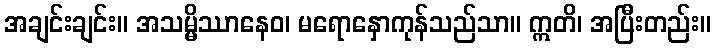
အချင်းချင်း။ အသမ္မိဿာနေဝ၊ မရောနှောကုန်သည်သာ။ ဣတိ၊ အပြီးတည်း။